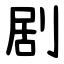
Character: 剧